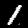
Digit: 1